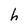
Character: h